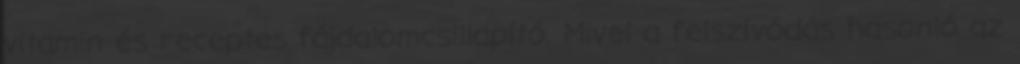
vitamin és receptes fájdalomcsillapító. Mivel a felszívódás hasonló az